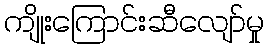
ကျိုးကြောင်းဆီလျော်မှု